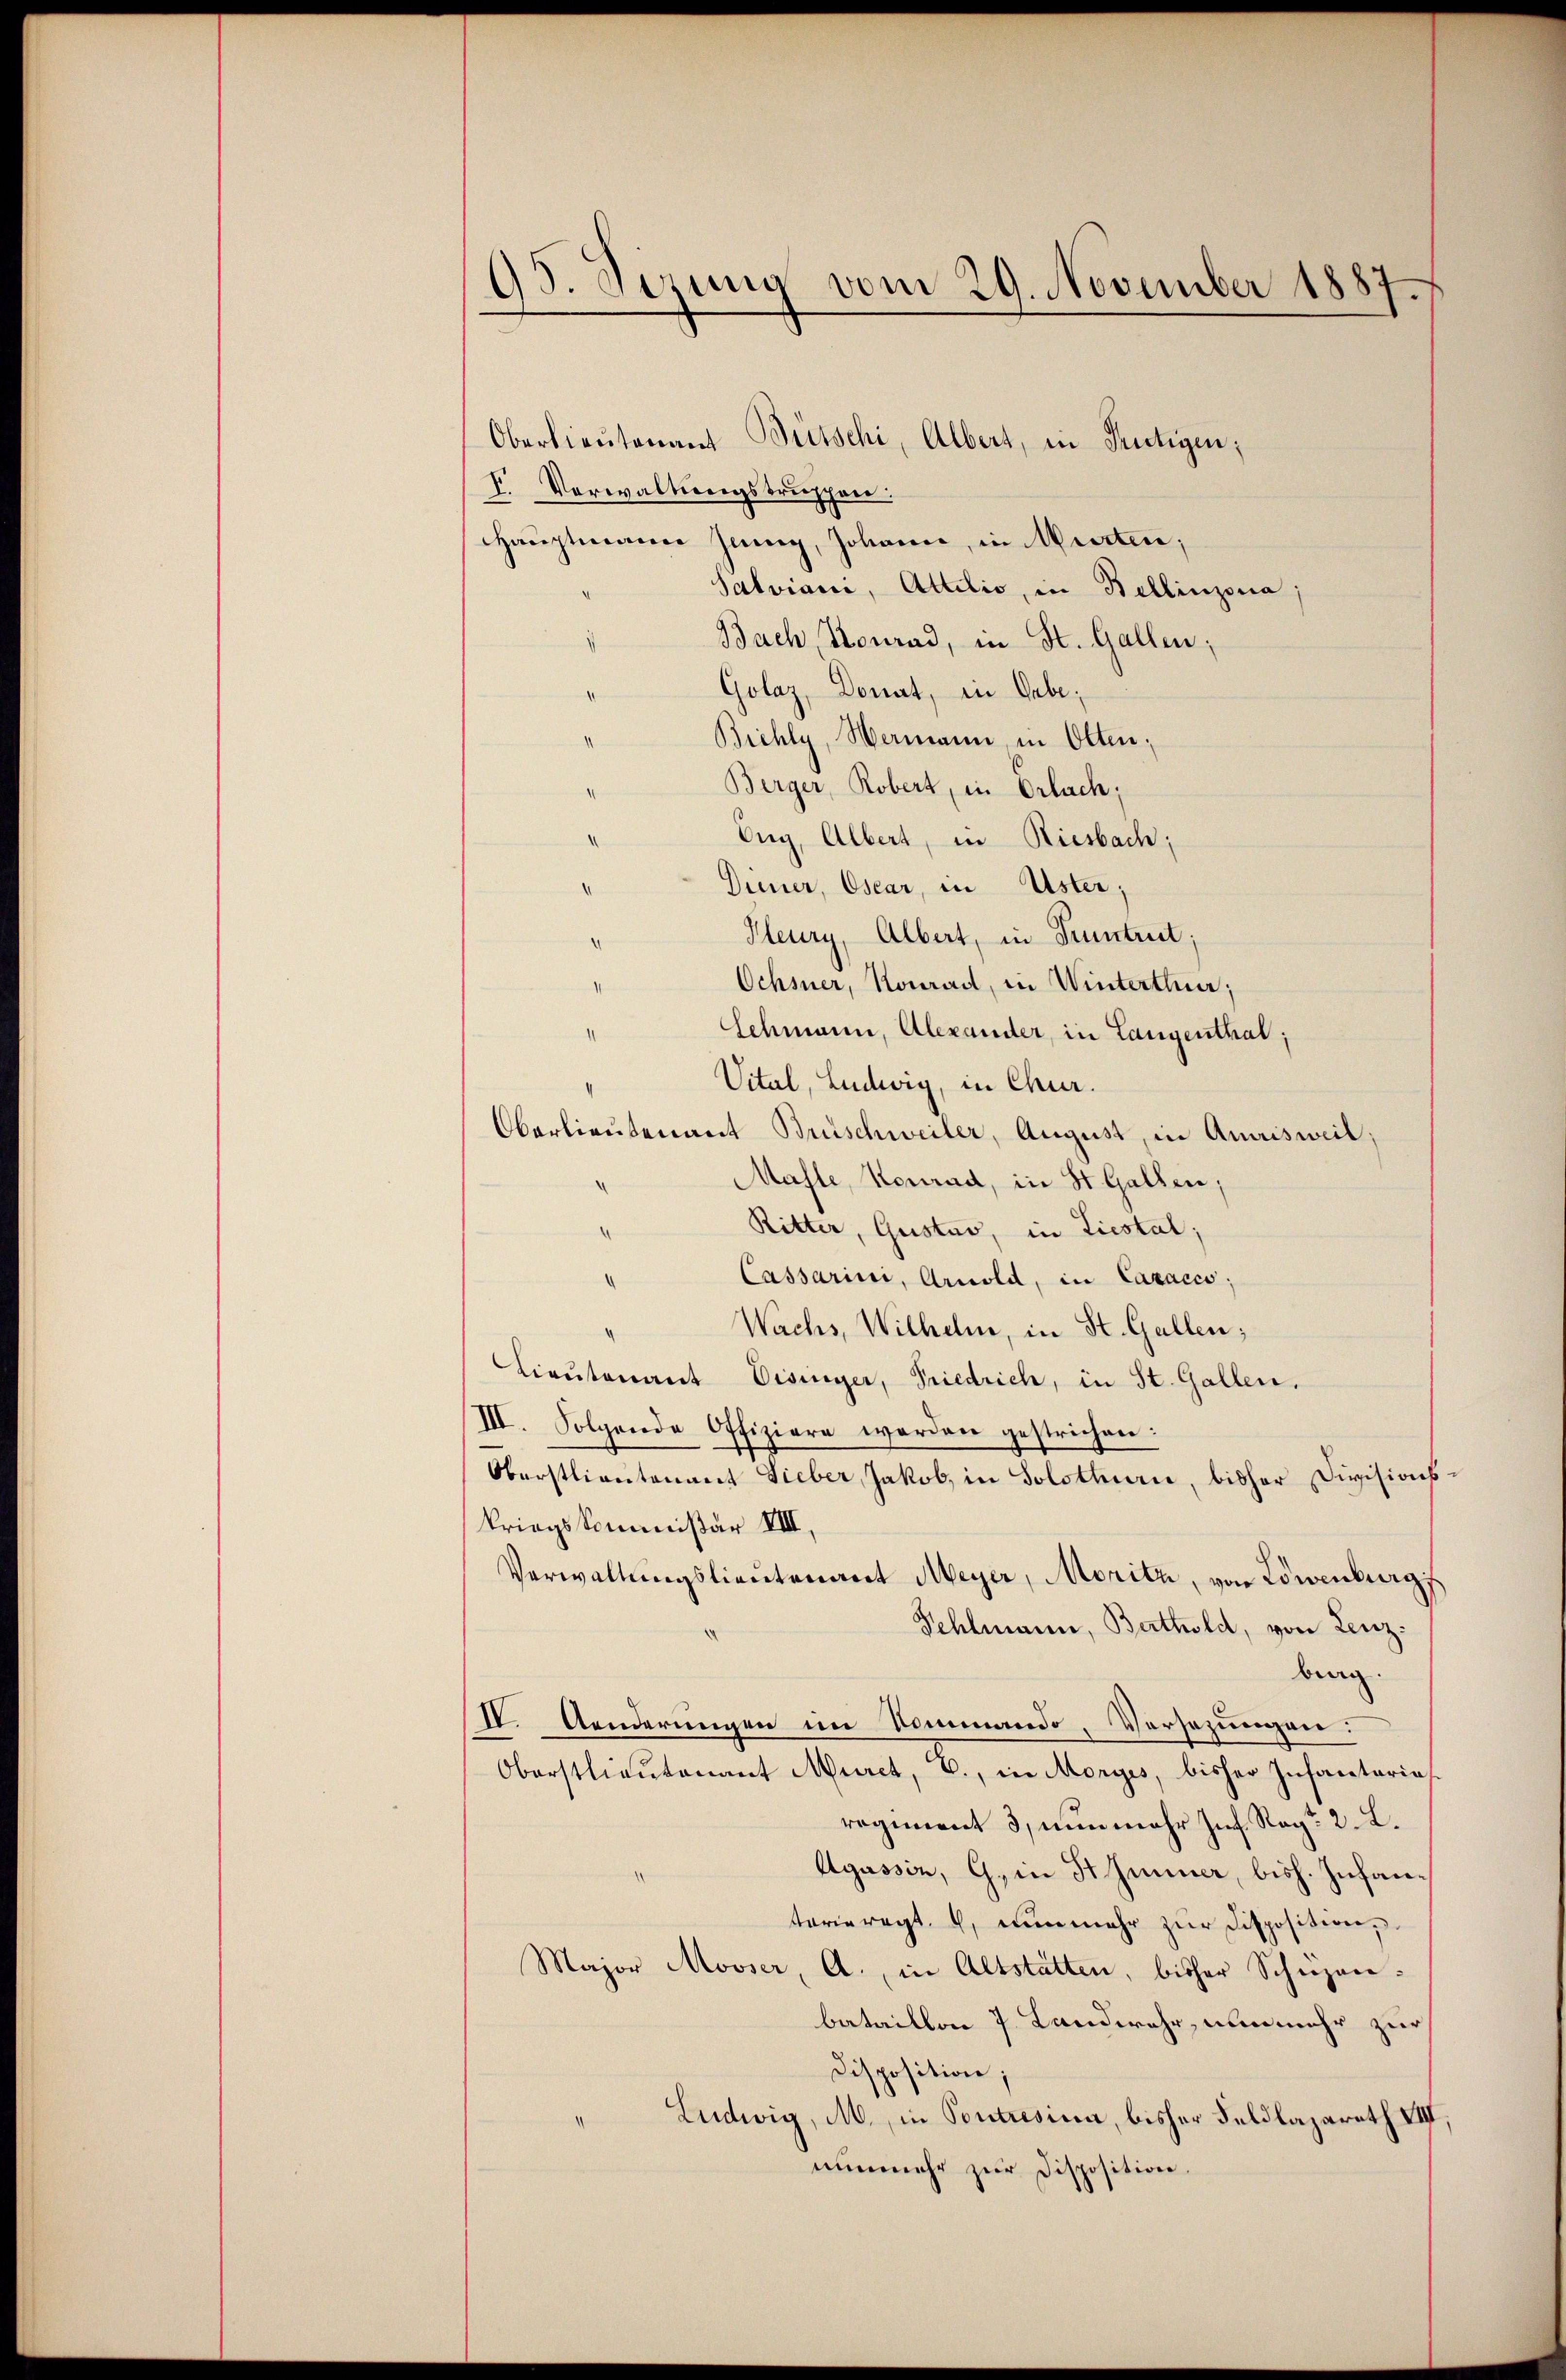
95. Jerung vom 29. November 1887.

Oberlieutenant Bütschi, Albert, in Frutigen;
I. Vorwaltungstruppen:
Hauptmann Jenny, Johann, in Murten;
Salviani, Attilio, in Bellinzona;
Bach Stonrad, in St. Gallen;
Golaz, Donat, in Gebe;
Biehly, Wermann, in Olten;
Berger, Robert, in Orlach;
Eng, Albert, in Riesbach;
Diener, Oscar, in Uster;
Kleury, Albert, in Truntrut;
Ochsner, Konrad, in Winterthur;
Schmann, Alexander, in Langenthal;
Vital, Ludwig, in Chur.
Oberlieutenant Brischweiler, August, in Amrisweil;
Mahle, Konrad, in St. Gallen;
Ritter, Gustav, in Liestal;
Cassarini, Arnold, in Caracco;
Wachs, Wilhelm, in St. Gallen;
Lieutenant Visinger, Priedrich, in St. Gallen,
III. Folgende Offiziere werden gestrichen:
Oberstlieutenant Lieber, Jakob, in Solothurn, bisher Divisionskriegskommißär VIII,
Verwaltungslieutenant Meyer, Moritz, von Löwenburg
Fehlmann, Barthold, von Lenz:
berg.
IV. Aenderungen im Kommando, Versezungen:
Oberstlieutenant Murct, C., in Morges, bisher Infantaria
regiment 3, nunmehr Inf. Rag: 2. L.
Agassin, G. in Himmer, bish. Infanterieregt. 6, nunmehr zur Disposition,
Major Mooser, A., in Altstätten, bisher Schüzenbataillon 7. Landwehr, nunmehr zur
Disposition;
Ludwig, M., in Pontrisium, bisher Feldlazareth VIII
nunmehr zur Disposition.